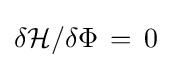
\delta {\mathcal {H}}/\delta \Phi \,=\,0